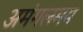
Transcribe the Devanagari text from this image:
अमंगलमय